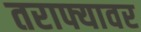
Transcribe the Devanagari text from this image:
तराफ्यावर